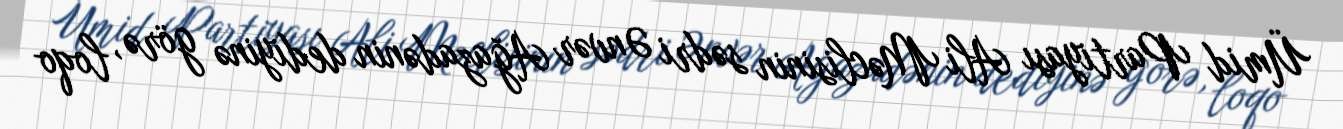
Ümid Partiyası Ali Məclisinin sədri Ənvər Ağazadənin dediyinə görə, loqo